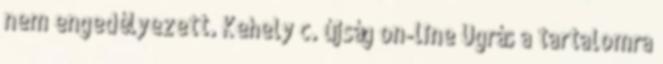
nem engedélyezett. Kehely c. újság on-line Ugrás a tartalomra